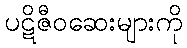
ပဋိဇီဝဆေးများကို